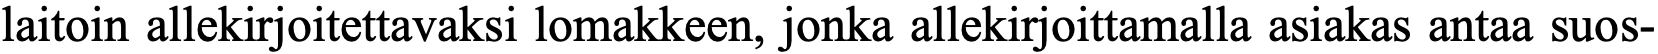
laitoin allekirjoitettavaksi lomakkeen, jonka allekirjoittamalla asiakas antaa suos-